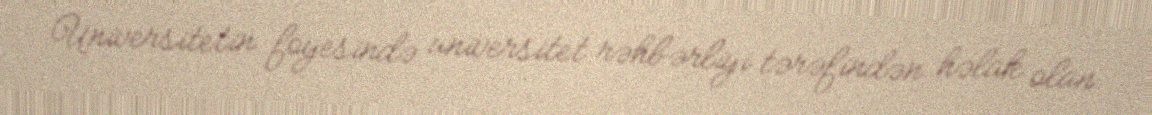
Universitetin foyesində universitet rəhbərliyi tərəfindən həlak olan